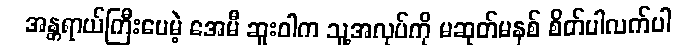
အန္တရာယ်ကြီးပေမဲ့ အေမီ ဆူးဝါက သူ့အလုပ်ကို မဆုတ်မနစ် စိတ်ပါလက်ပါ